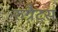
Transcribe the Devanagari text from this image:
रुग्रैट्स